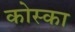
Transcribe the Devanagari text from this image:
कोस्का